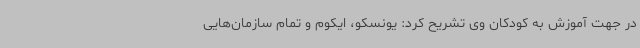
در جهت آموزش به کودکان وی تشریح کرد: یونسکو، ایکوم و تمام سازمان‌هایی